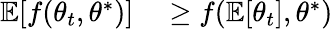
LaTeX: \begin{array}{rl}{\mathbb{E}[f(\theta_{t},\theta^{*})]}&{{}\geq f(\mathbb{E}[\theta_{t}],\theta^{*})}\end{array}